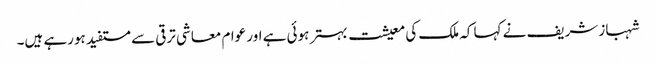
شہباز شریف نے کہا کہ ملک کی معیشت بہتر ہوئی ہے اور عوام معاشی ترقی سے مستفید ہورہے ہیں۔